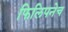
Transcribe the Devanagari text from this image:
फिलिपनेच